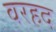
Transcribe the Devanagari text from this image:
वरहद